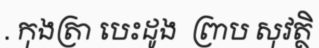
. កុងត្រា បេះដូង  ព្រាប សុវត្ថិ